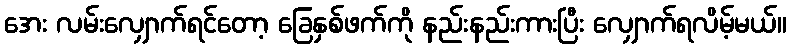
အေး လမ်းလျှောက်ရင်တော့ ခြေနှစ်ဖက်ကို နည်းနည်းကားပြီး လျှောက်ရလိမ့်မယ်။